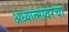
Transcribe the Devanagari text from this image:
अध्यात्मावरचा